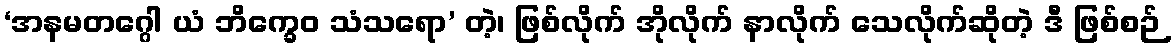
‘အနမတဂ္ဂေါ ယံ ဘိက္ခေဝ သံသရော’ တဲ့၊ ဖြစ်လိုက် အိုလိုက် နာလိုက် သေလိုက်ဆိုတဲ့ ဒီ ဖြစ်စဉ်